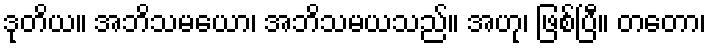
ဒုတိယ။ အဘိသမယော၊ အဘိသမယသည်။ အဟု၊ ဖြစ်ပြီ။ တတော၊